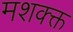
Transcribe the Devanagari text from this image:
मशक्क्त